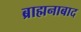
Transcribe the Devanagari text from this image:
ब्राह्मनाबाद